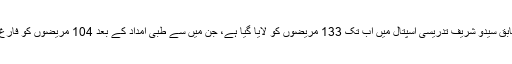
سیدو شریف اسپتال کے ترجمان ڈاکٹر نجیب اللہ کے مطابق سیدو شریف تدریسی اسپتال میں اب تک 133 مریضوں کو لایا گیا ہے، جن میں سے طبی امداد کے بعد 104 مریضوں کو فارغ کردیا گیا ہیجبکہ 26 مریض اسپتال میں زیرِ علاج ہیں۔